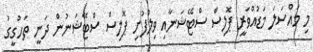
މި މައްސަލަ މަޑުއްވަރީ ޕޮލިސް ސްޓޭޝަނާއި ވިލުފުށި ޕޮލިސް ސްޓޭޝަނުން ދަނީ ތަހުގީގު